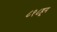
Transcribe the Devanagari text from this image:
८१८हून